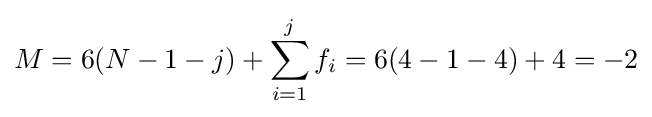
M=6(N-1-j)+\sum _{i=1}^{j}f_{i}=6(4-1-4)+4=-2